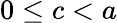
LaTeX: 0\leq c<a